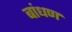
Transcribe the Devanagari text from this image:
बांधण